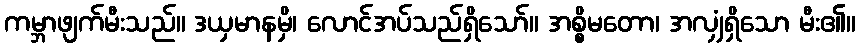
ကမ္ဘာဖျက်မီးသည်။ ဒယှမာနမှိ၊ လောင်အပ်သည်ရှိသော်။ အစ္စိမတော၊ အလျှံရှိသော မီး၏။